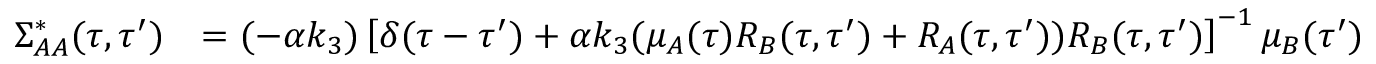
\begin{array} { r l } { \Sigma _ { A A } ^ { * } ( \tau , \tau ^ { \prime } ) } & { = ( - \alpha k _ { 3 } ) \left[ \delta ( \tau - \tau ^ { \prime } ) + \alpha k _ { 3 } ( \mu _ { A } ( \tau ) R _ { B } ( \tau , \tau ^ { \prime } ) + R _ { A } ( \tau , \tau ^ { \prime } ) ) R _ { B } ( \tau , \tau ^ { \prime } ) \right] ^ { - 1 } \mu _ { B } ( \tau ^ { \prime } ) } \end{array}